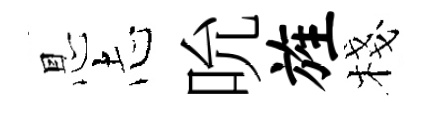
㤙𢖽吮旌棧